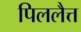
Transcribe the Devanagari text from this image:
पिललैत्त